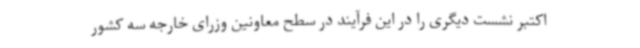
اکتبر نشست دیگری را در این فرآیند در سطح معاونین وزرای خارجه سه کشور